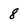
Character: 8